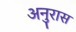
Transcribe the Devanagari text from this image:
अनुरास